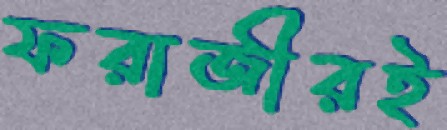
ফরাজীরই